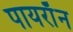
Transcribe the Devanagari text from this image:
पायराॅन